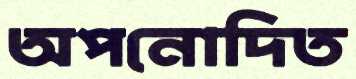
অপনোদিত